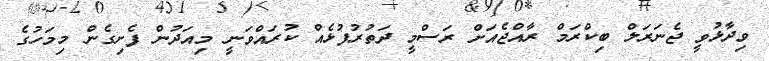
ވިދާޅުވީ ޖެނަރަލް ބިކްރަމް ރާއްޖެއަށް ރަސްމީ ދަތުރުފުޅެއް ކުރައްވަނީ މިއަދުން ފެށިގެން މިމަހުގެ